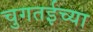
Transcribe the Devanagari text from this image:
चुगतईच्या